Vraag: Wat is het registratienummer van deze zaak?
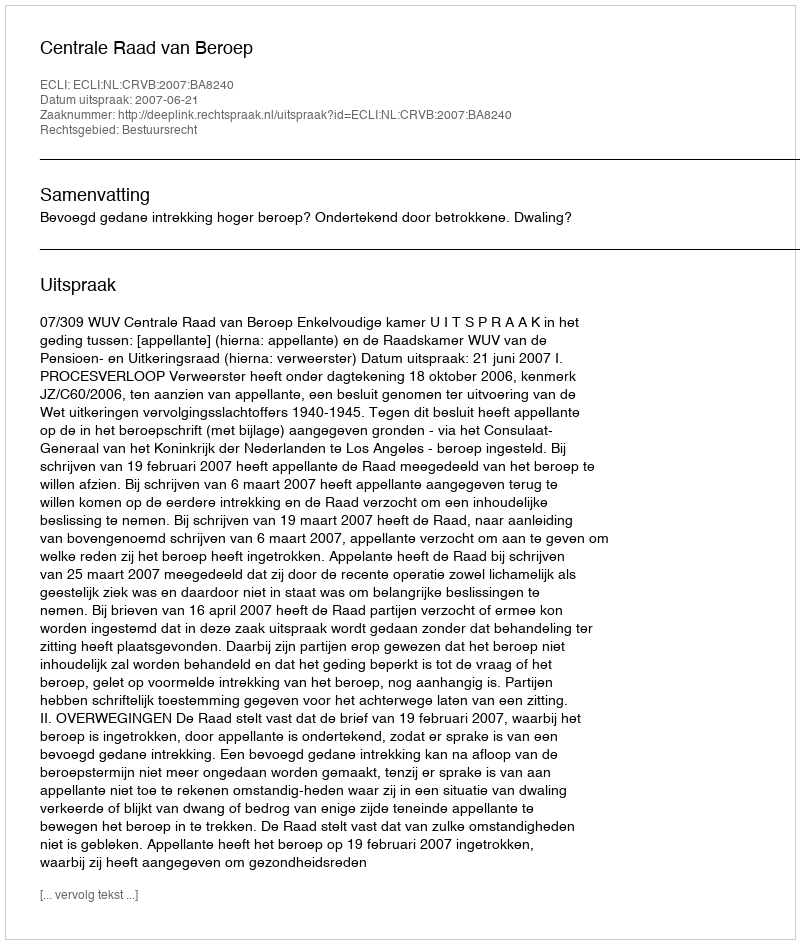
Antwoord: http://deeplink.rechtspraak.nl/uitspraak?id=ECLI:NL:CRVB:2007:BA8240